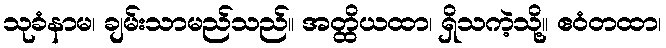
သုခံနာမ၊ ချမ်းသာမည်သည်။ အတ္ထိယထာ၊ ရှိသကဲ့သို့။ ဧဝံတထာ၊